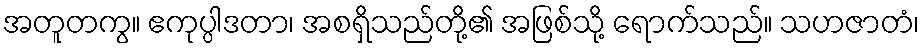
အတူတကွ။ ဧကုပ္ပါဒတာ၊ အစရှိသည်တို့၏ အဖြစ်သို့ ရောက်သည်။ သဟဇာတံ၊